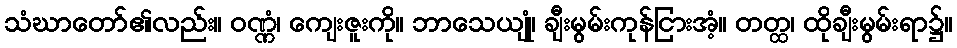
သံဃာတော်၏လည်း။ ဝဏ္ဏံ၊ ကျေးဇူးကို။ ဘာသေယျုံ၊ ချီးမွမ်းကုန်ငြားအံ့။ တတ္ထ၊ ထိုချီးမွမ်းရာ၌။